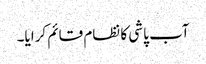
آب پاشی کا نظام قائم کرایا۔